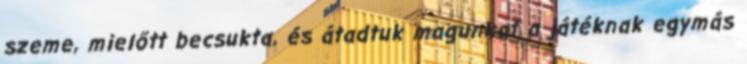
szeme, mielőtt becsukta, és átadtuk magunkat a játéknak egymás